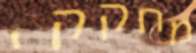
מחקקי